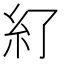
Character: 𱹫